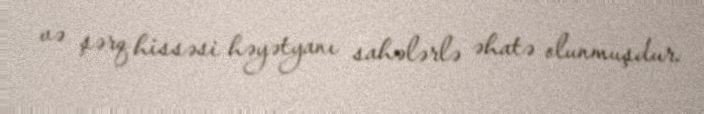
və şərq hissəsi həyətyanı sahələrlə əhatə olunmuşdur.